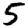
Digit: 5